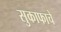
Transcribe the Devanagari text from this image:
सुकाफाचे